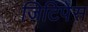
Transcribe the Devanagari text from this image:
जिटिपेस